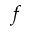
f